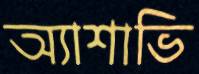
অ্যাশাভি